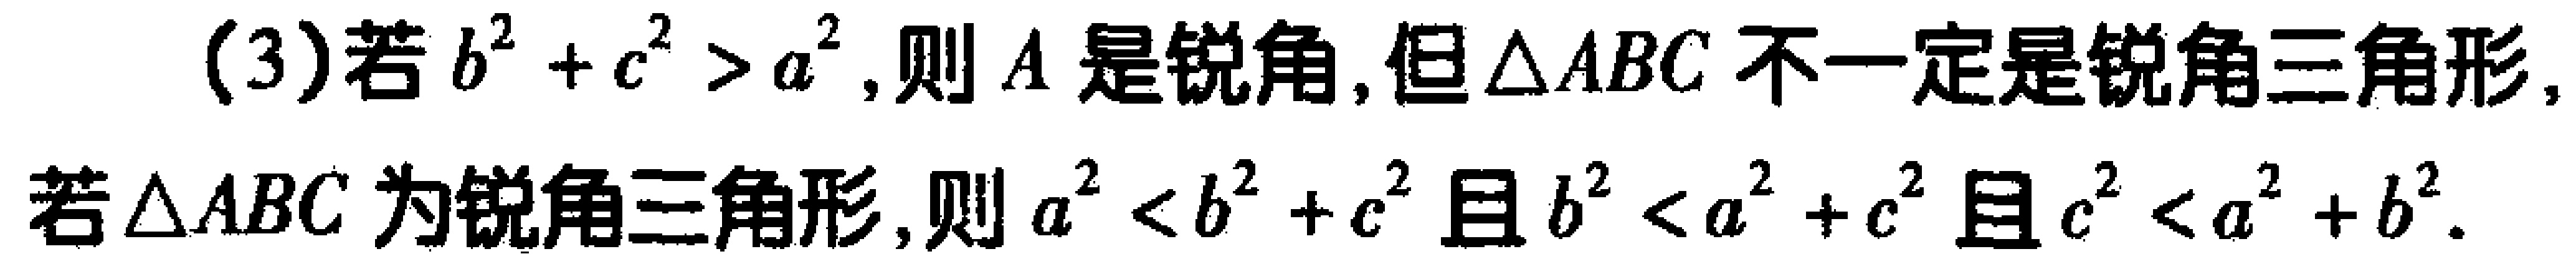
(3)若$b^{2}+c^{2}>a^{2}$,则$A$是锐角,但$\triangle ABC$不一定是锐角三角形,
若$\triangle ABC$为锐角三角形,则$a^{2}<b^{2}+c^{2}$且$b^{2}<a^{2}+c^{2}$且$c^{2}<a^{2}+b^{2}$.